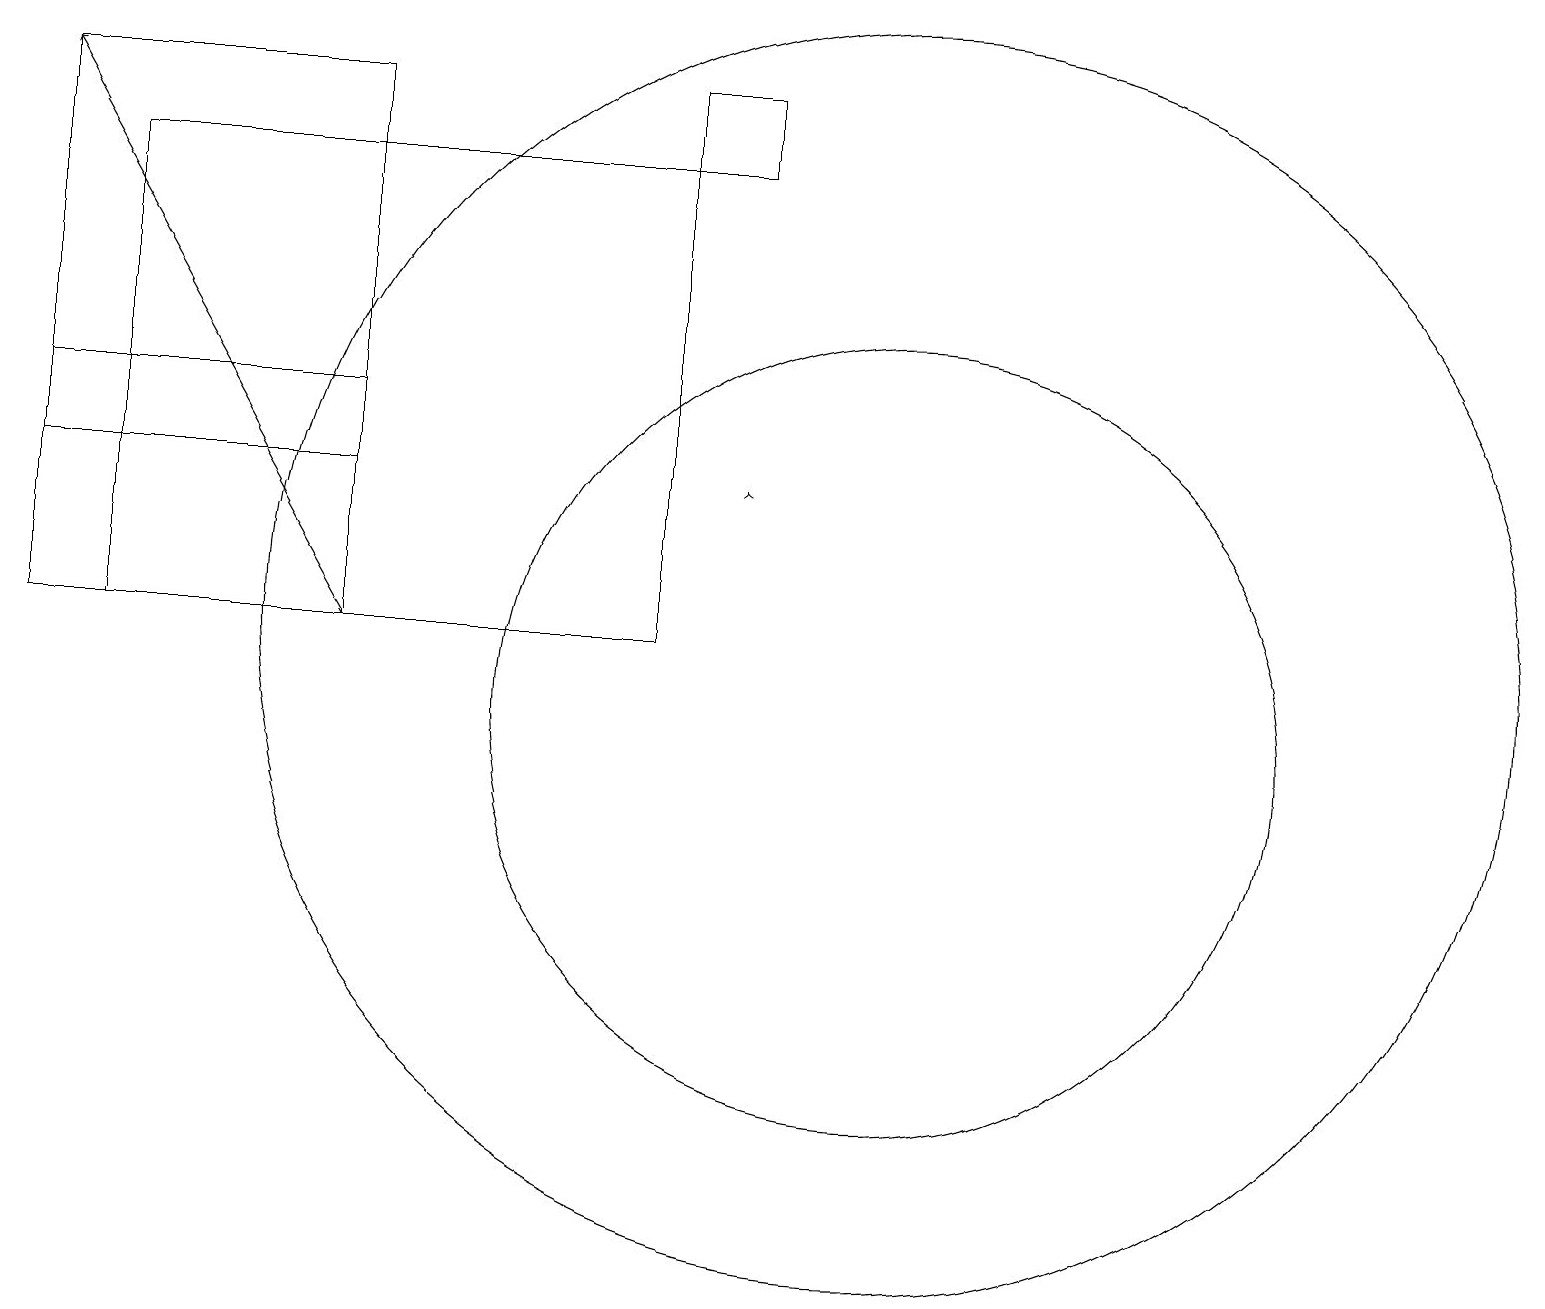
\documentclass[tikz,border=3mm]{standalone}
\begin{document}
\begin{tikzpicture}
\draw (9,18) rectangle (8,17);
\draw (1,17) rectangle (8,11);
\draw (11,10) circle (5);
\draw (11,11) circle (8);
\draw (4,11) rectangle (0,14);
\draw[->] (4,11) -- (0,18);
\draw (4,18) rectangle (0,13);
\draw[->] (9,13) -- (9,13);
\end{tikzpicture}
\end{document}